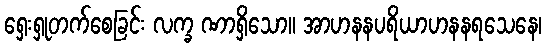
ရှေးရှုတက်စေခြင်း လက္ခ ဏာရှိသော။ အာဟနနပရိယာဟနနရသေနေ၊